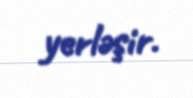
yerləşir.